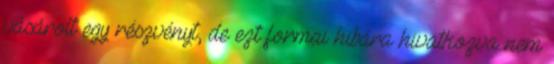
vásárolt egy részvényt, de ezt formai hibára hivatkozva nem